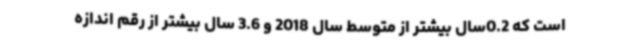
است که 0.2سال بیشتر از متوسط سال 2018 و 3.6 سال بیشتر از رقم اندازه